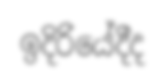
ඉදිරියේදීද